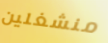
منشغلين